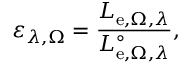
\varepsilon _ { \lambda , \Omega } = { \frac { L _ { \mathrm { e } , \Omega , \lambda } } { L _ { \mathrm { e } , \Omega , \lambda } ^ { \circ } } } ,